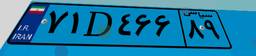
۷۱D۴۶۶۸۹